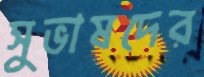
সুভাষদের